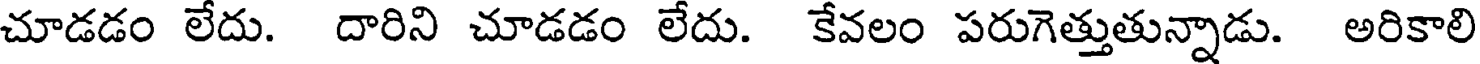
చూడడం లేదు. దారిని చూడడం లేదు. కేవలం పరుగెత్తుతున్నాడు. అరికాలి